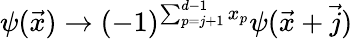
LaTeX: \psi(\vec{x})\rightarrow(-1)^{\sum_{p=j+1}^{d-1}x_{p}}\psi(\vec{x}+\vec{j})